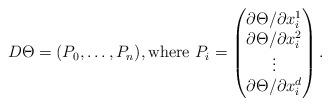
LaTeX: \begin{align*}D\Theta=(P_{0},\ldots,P_{n}),\mathrm{where}~P_{i}=\begin{pmatrix} {\partial \Theta}/{\partial x^{1}_{i}} \\ {\partial \Theta}/{\partial x^{2}_{i}} \\ \vdots \\ {\partial \Theta}/{\partial x^{d}_{i}} \end{pmatrix}.\end{align*}